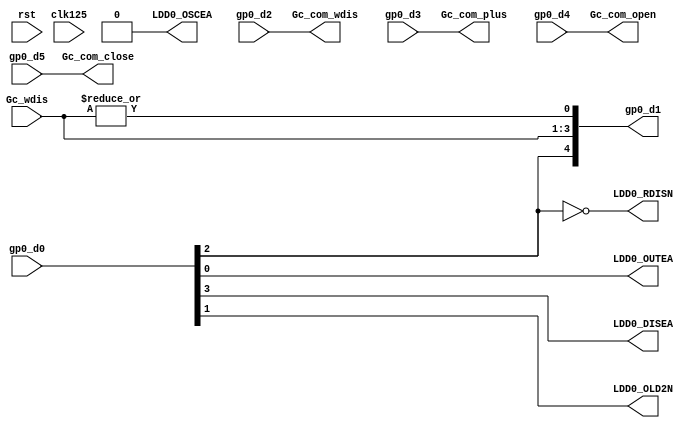
`timescale 1ns / 1ps
//////////////////////////////////////////////////////////////////////////////////
// Company:
// Engineer:
//
// Design Name:
// Module Name: Tc_PL_chips_ldd
// Project Name:
// Target Devices:
// Tool Versions:
// Description:
//
// Dependencies:
//
// Revision:
// Revision 0.01 - File Created
// Additional Comments:
//
//////////////////////////////////////////////////////////////////////////////////


module Tc_PL_chips_ldd
#(
parameter TOP0_0	= 3    ,
          TOP0_1	= 7    ,
          TOP0_2	= 2    ,
          TOP0_3	= 12   ,
          TOP0_4	= 4    ,
          ADC0_0  = 14   ,
          ADC0_1  = 56   ,
          LDD0_0  = 32   ,
	        AGP0_17	= 4    ,
	        AGP0_18	= 5    ,
	        AGP0_19	= 3    ,
	        AGP0_20	= 32
)(
input                     clk125             ,
input                     rst                ,
output     [TOP0_0-1:0]   Gc_com_wdis        ,
output     [LDD0_0-1:0]   Gc_com_plus        ,
output                    Gc_com_open        ,
output                    Gc_com_close       ,
input      [TOP0_0-1:0]   Gc_wdis            ,
input      [AGP0_17-1:0]  gp0_d0	           ,
output     [AGP0_18-1:0]  gp0_d1	           ,
input      [AGP0_19-1:0]  gp0_d2	           ,
input      [AGP0_20-1:0]  gp0_d3	           ,
input                     gp0_d4	           ,
input                     gp0_d5	           ,
output                    LDD0_OUTEA         ,
output                    LDD0_DISEA         ,
output                    LDD0_OSCEA         ,
output                    LDD0_OLD2N         ,
output                    LDD0_RDISN
    );

wire LDD0_RDIS;
assign {LDD0_OSCEA,LDD0_DISEA,LDD0_RDIS,LDD0_OLD2N,LDD0_OUTEA} = gp0_d0;
assign LDD0_RDISN = !LDD0_RDIS;

wire opened=|Gc_wdis;
assign gp0_d1 = {LDD0_RDIS,Gc_wdis,opened};

assign Gc_com_wdis  = gp0_d2;
assign Gc_com_plus  = gp0_d3;
assign Gc_com_open  = gp0_d4;
assign Gc_com_close = gp0_d5;

endmodule